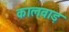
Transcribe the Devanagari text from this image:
कालवाड़